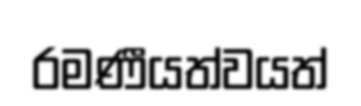
රමණීයත්වයත්